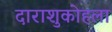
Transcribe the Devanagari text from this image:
दाराशुकोहला